Indian journal of veterinary science and animal husbandry - Volumes 28-29, 1958-1959
Year: 1958
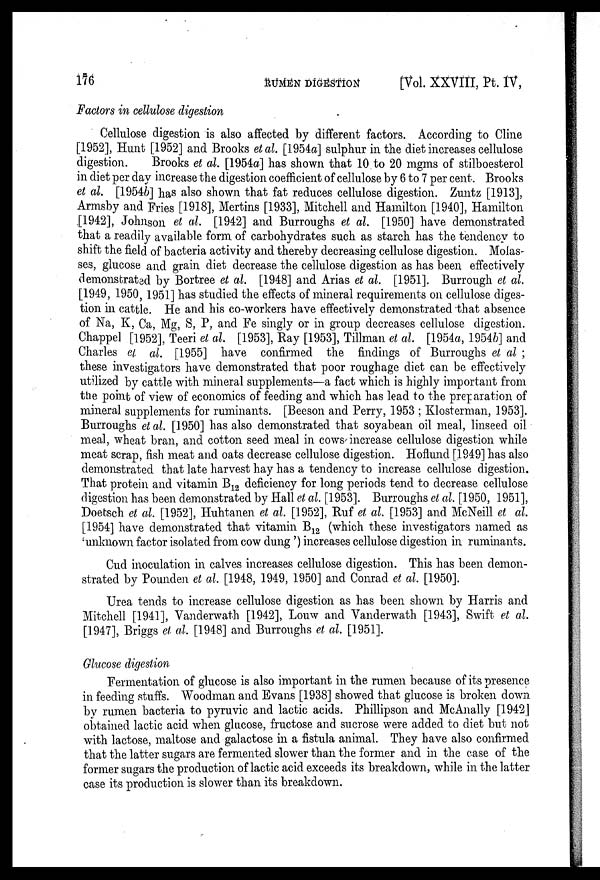
176
RUMEN DIGESTION
[Vol. XXVIII, Pt. IV,
Factors in cellulose digestion
Cellulose digestion is also affected by different factors. According to Cline
[1952], Hunt [1952] and Brooks et al. [1954a] sulphur in the diet increases cellulose
digestion.
Brooks et al. [1954a] has shown that 10 to 20 mgms of stilboesterol
in diet per day increase the digestion coefficient of cellulose by 6 to 7 per cent. Brooks
et al. [1954b] has also shown that fat reduces cellulose digestion. Zuntz [1913],
Armsby and Fries [1918], Mertins [1933], Mitchell and Hamilton [1940], Hamilton
[1942], Johnson et al. [1942] and Burroughs et al. [1950] have demonstrated
that a readily available form of carbohydrates such as starch has the tendency to
shift the field of bacteria activity and thereby decreasing cellulose digestion. Molas-
ses, glucose and grain diet decrease the cellulose digestion as has been effectively
demonstrated by Bortree et al. [1948] and Arias et al. [1951]. Burrough et al.
[1949, 1950, 1951] has studied the effects of mineral requirements on cellulose diges-
tion in cattle. He and his co-workers have effectively demonstrated that absence
of Na, K, Ca, Mg, S, P, and Fe singly or in group decreases cellulose digestion.
Chappel [1952], Teeri et al. [1953], Ray [1953], Tillman et al. [1954a, 1954b] and
Charles et al. [1955] have confirmed the findings of Burroughs et al ;
these investigators have demonstrated that poor roughage diet can be effectively
utilized by cattle with mineral supplements—a fact which is highly important from
the point of view of economics of feeding and which has lead to the preparation of
mineral supplements for ruminants. [Beeson and Perry, 1953 ; Klosterman, 1953].
Burroughs et al. [1950] has also demonstrated that soyabean oil meal, linseed oil
meal, wheat bran, and cotton seed meal in cows increase cellulose digestion while
meat scrap, fish meat and oats decrease cellulose digestion. Hoflund [1949] has also
demonstrated that late harvest hay has a tendency to increase cellulose digestion.
That protein and vitamin B 12 deficiency for long periods tend to decrease cellulose
digestion has been demonstrated by Hall et al. [1953]. Burroughs et al. [1950, 1951],
Doetsch et al. [1952], Huhtanen et al. [1952], Ruf et al. [1953] and McNeill et al.
[1954] have demonstrated that vitamin B 12 (which these investigators named as
'unknown factor isolated from cow dung ') increases cellulose digestion in ruminants.
Cud inoculation in calves increases cellulose digestion. This has been demon-
strated by Pounden et al. [1948, 1949, 1950] and Conrad et al. [1950].
Urea tends to increase cellulose digestion as has been shown by Harris and
Mitchell [1941], Vanderwath [1942], Louw and Vanderwath [1943], Swift et al.
[1947], Briggs et al. [1948] and Burroughs et al. [1951].
Glucose digestion
Fermentation of glucose is also important in the rumen because of its presence
in feeding stuffs. Woodman and Evans [1938] showed that glucose is broken down
by rumen bacteria to pyruvic and lactic acids. Phillipson and McAnally [1942]
obtained lactic acid when glucose, fructose and sucrose were added to diet but not
with lactose, maltose and galactose in a fistula animal. They have also confirmed
that the latter sugars are fermented slower than the former and in the case of the
former sugars the production of lactic acid exceeds its breakdown, while in the latter
case its production is slower than its breakdown.